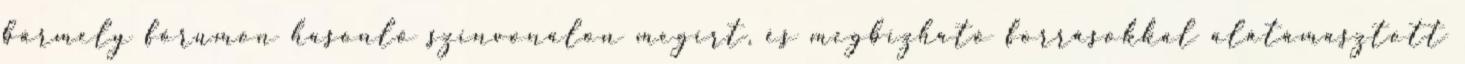
bármely fórumon hasonló színvonalon megírt, és megbízható forrásokkal alátámasztott